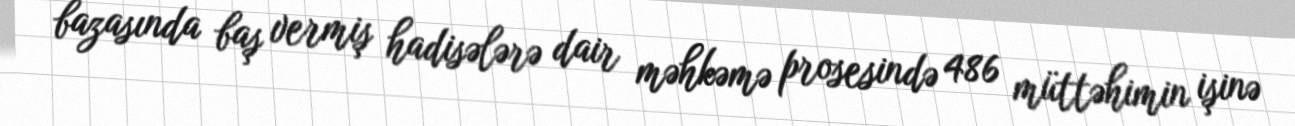
bazasında baş vermiş hadisələrə dair məhkəmə prosesində 486 müttəhimin işinə